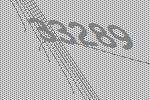
33289